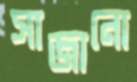
সাজানো